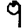
Digit: 9